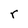
Character: r